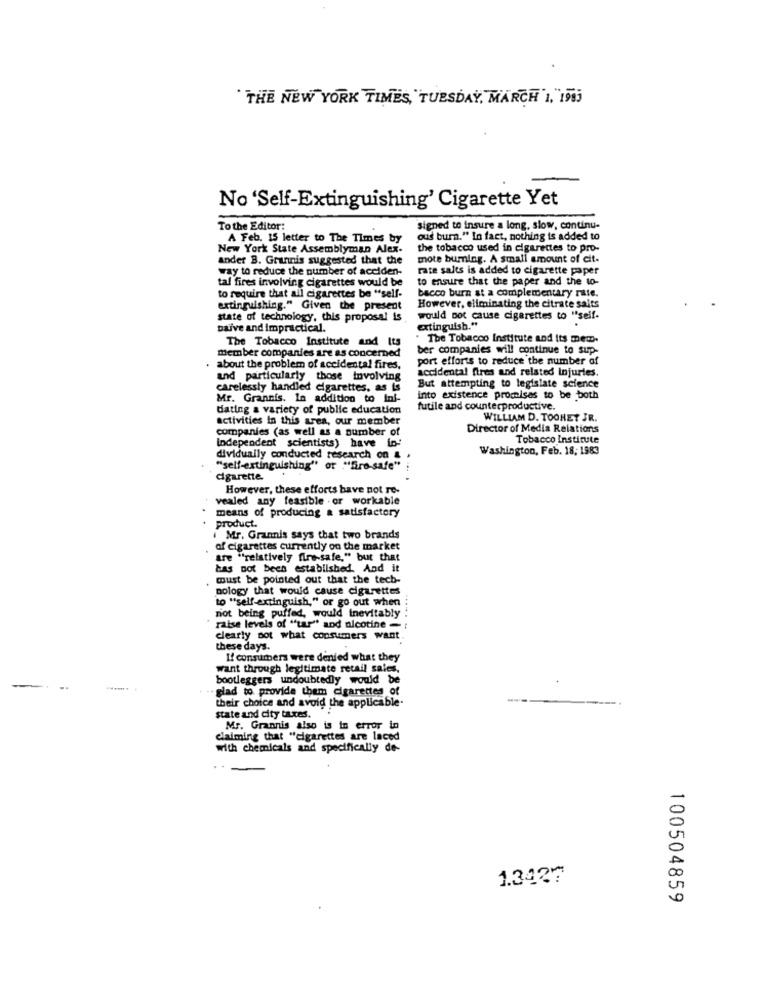
" THE NEW YORK TIMES,"TUESDAY, MARCH 1, 1905
No 'Self-Extinguishing' Cigarette Yet
To the Editor:
signed to insure a long, slow, continu-
A Feb. 15 letter to The Times by
oud burn." In fact, nothing is added to
New York State Assemblyman Alex-
the tobacco used in cigarettes to pro-
ander B. Grunnis suggested that the
mote burning. A small amount of cit.
way to reduce the number of acciden-
rate salts is added to cigarette paper
to ensure that the paper and the to-
tal fires involving cigarettes would be
to require that all cigarettes be "self-
bacco burn st a complementary rate.
extinguishing." Given the present
However, eliminating the citrate salts
state of technology, this proposal is
would not cause cigarettes to "self-
Daive and impractical.
extinguish."
The Tobacco Institute and Its
. The Tobacco Institute and Its mem.
member companies are as concerned
ber companies will continue to sup-
port efforts to reduce the number of
about the problem of accidental fires,
accidental fires and related injuries.
and particularly those involving
carelessly handled cigarettes. as is
But attempting to legislate science
Mr. Grannis. In addition to Ini-
into existence promises to be both
dating a variety of public education
futile and counterproductive.
activities in this area, our member
WILLIAM D. TOOHET JR.
companies (as well as a number of
Director of Media Relations
Tobacco Institute
Independent scientists) have in:
Washington, Feb. 18; 1983
dividually conducted research on &
"self-extinguishing" or "Sra-safe"
cigarette.
However, these efforts have not re-
vealed any feasible . or workable
means of producing a satisfactory
product.
i Mr. Grannis says that two brands
of cigarettes currently on the market
are "relatively fire-safe," but that
has not been established, And it
must be pointed out that the tech-
pology that would cause cigarettes
to "self-extinguish," or go out when
not being puffed, would inevitably
raise levels of "tar" and nicotine -
clearly not what consumers want
these days.
I! consumers were denied what they
want through legitimate retail sales,
bootleggers undoubtedly would be
-
.. glad to provide them cigarettes of
their choice and avoid the applicable.
state and city taxes.
Mr. Grannis also is in error in
claiming that "cigarettes are laced
with chemicals and specifically de-
1.3437
100504859